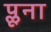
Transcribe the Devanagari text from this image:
प्लूना